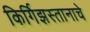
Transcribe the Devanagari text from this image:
किर्गिझस्तानाचे